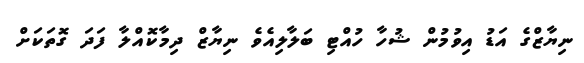
ނިޔާޒްގެ އަޑު އިވުމުން ޝުހާ ހުއްޓި ބަލާލިއެވެ ނިޔާޒް ދިމާކޮއްލާ ފަދަ ގޮތަކަށް